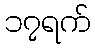
၁၇ရက်